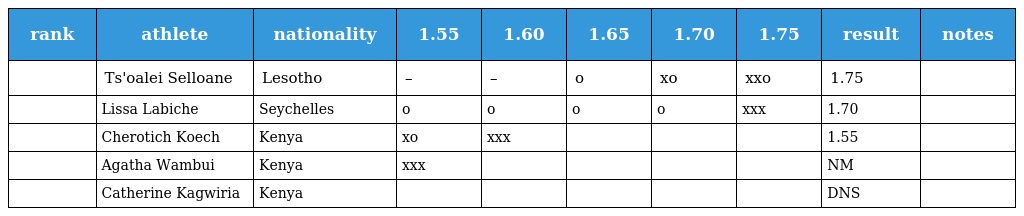
| rank | athlete | nationality | 1.55 | 1.60 | 1.65 | 1.70 | 1.75 | result | notes |
 | --- | --- | --- | --- | --- | --- | --- | --- | --- | --- |
 |  | Ts'oalei Selloane | Lesotho | – | – | o | xo | xxo | 1.75 |  |
 |  | Lissa Labiche | Seychelles | o | o | o | o | xxx | 1.70 |  |
 |  | Cherotich Koech | Kenya | xo | xxx |  |  |  | 1.55 |  |
 |  | Agatha Wambui | Kenya | xxx |  |  |  |  | NM |  |
 |  | Catherine Kagwiria | Kenya |  |  |  |  |  | DNS |  |